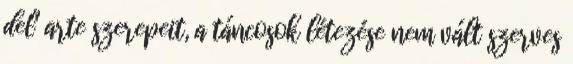
del' arte szerepeit, a táncosok létezése nem vált szerves